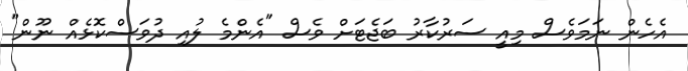
އެހެން ނަމަވެސް މިއީ ސަރުކާރު ބަޖެޓަށް ވެސް "އެންމެ ލުއި ދުވަސްކޮޅެއް ނޫން"